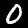
Label: 0